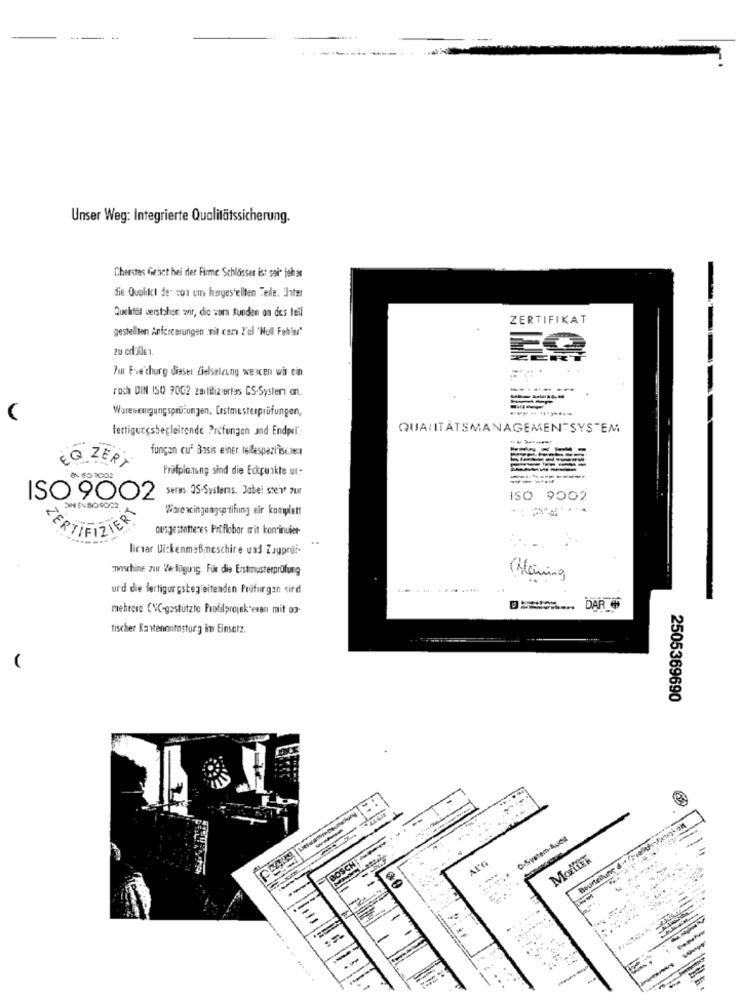
Unser Weg: Integrierte Qualitätssicherung.
Cherstes Geact bei der Firme Schlosser is: sai- jeh at
die Qualitcl de sor em hergestellten Teile. Inter
Queletit verstohon svir, dic wara Kunden on des teil
ZERTIFIKAT
gestellten Anfescerungen nil cem ?'el 'Nul Fehler"
Fun Fve'churg diaset Zielsalaung wencen wis ein
roch DIN ISO 70G2 zertifiziertas CS-System on.
Warewenngung sprüfungen. Erstmesterprüfungen,
fertigungsbegleitende Prüfungen and Endpei .-
QUALITATSMANAGEMENTSYSTEM
fungan cu Basis einer tettespazi isciec
EQ ZERT
Prüfplanung sind die Eckpunkte ur-
----
seres 25-Systemas. Jabel stert zur
ISO 9002
ISO 9002
Ware wcingangse tifuing eir komplett
ERTIFIZIER!
ausgestattenes Prüflobor mit kontinuier-
licser Uickenmeßmeschire uad Zayprof-
miwhine zur Ze-ligunig. Für die Erstmusterprüfung
(Mening
urd die fertigungsbegleitenden Prüfurgan sird
....
mehrere (VC-gestützte Profilprojek;eran mit og-
DE .... DAR 6
tischer Kastenontostur g im Einsetz.
2505369690
C-System-Audit
ALG